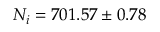
N _ { i } = 7 0 1 . 5 7 \pm 0 . 7 8